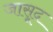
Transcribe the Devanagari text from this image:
जासूद